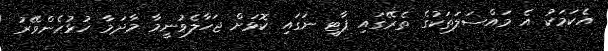
އެކަމަކު އެ މައްސަލަތަކުގެ ތެރޭގައި ޕާޓީ ނަގައި ކޮޅަށް ޖަހާލެވުނީމާ މާދަމާ ހުޅުހެންވޭރު